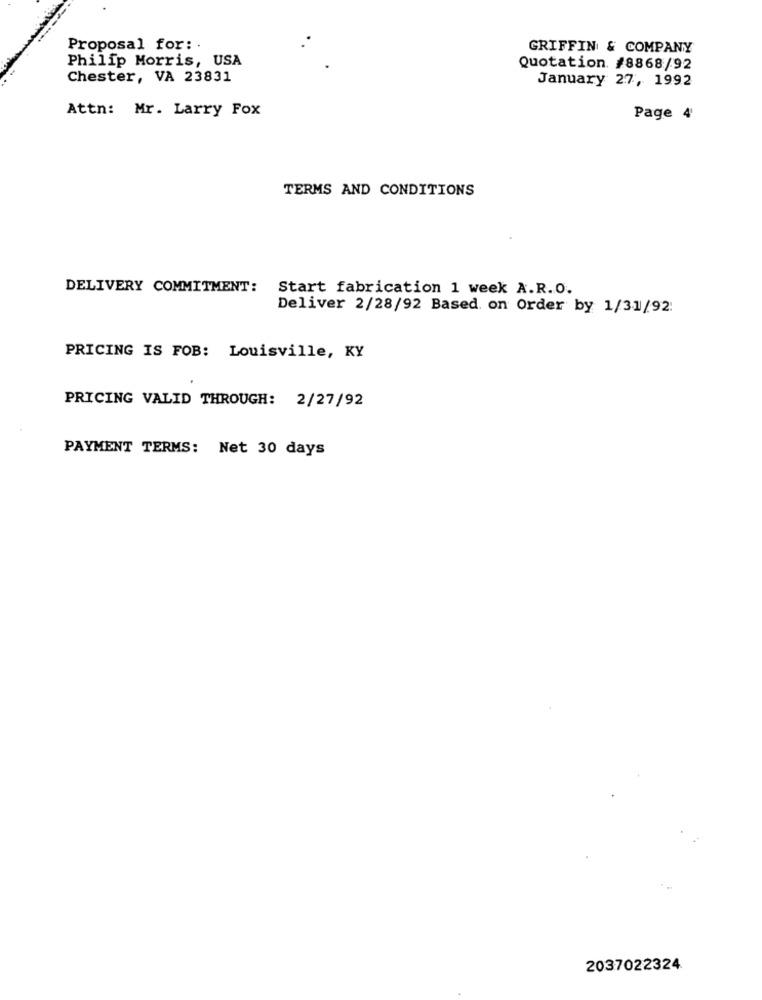
Proposal for: .
GRIFFIN & COMPANY
Philip Morris, USA
Quotation. #8868/92
Chester, VA 23831
January 27, 1992
Attn: Mr. Larry Fox
Page 4'
TERMS AND CONDITIONS
DELIVERY COMMITMENT:
Start fabrication 1 week A.R.O.
Deliver 2/28/92 Based on Order by 1/31/92:
PRICING IS FOB: Louisville, KY
PRICING VALID THROUGH: 2/27/92
PAYMENT TERMS: Net 30 days
2037022324